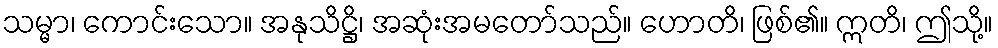
သမ္မာ၊ ကောင်းသော။ အနုသိဋ္ဌိ၊ အဆုံးအမတော်သည်။ ဟောတိ၊ ဖြစ်၏။ ဣတိ၊ ဤသို့။